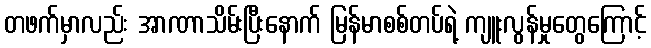
တဖက်မှာလည်း အာဏာသိမ်းပြီးနောက် မြန်မာစစ်တပ်ရဲ့ ကျူးလွန်မှုတွေကြောင့်